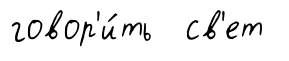
говор'и́ть св'ет